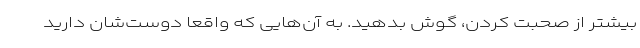
بیشتر از صحبت کردن، گوش بدهید. به آن‌هایی که واقعاً دوست‌شان دارید